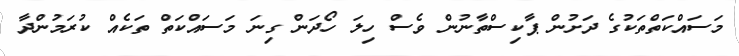
މަސައްކަތްތަކުގެ ދަށުން ޕާކިސްތާނުން ވެސް ހިލަ ހޯދަން ގިނަ މަސައްކަތް ތަކެއް ކުރަމުންދާ